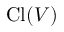
\operatorname { C l } ( V )